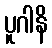
ပူဂါနိ